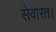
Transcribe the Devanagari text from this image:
सेवारत।